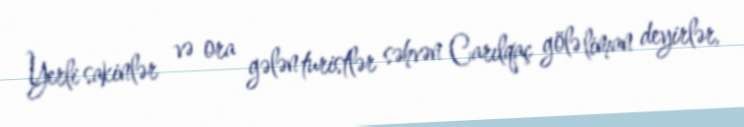
Yerli sakinlər və ora gələn turistlər səhvən Carılqaç gölə liman deyirlər,